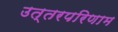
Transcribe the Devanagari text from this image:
उत्तरपरिणाम